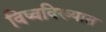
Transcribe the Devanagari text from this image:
विष्वविख्यात